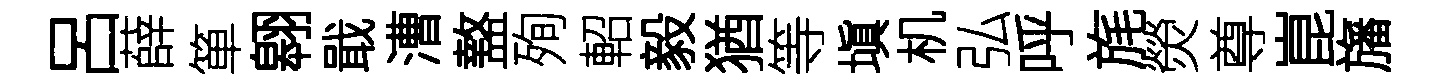
呂薛箪翱戢漕盩殉軺毅猶等塡机弘呼旄熒尊崑旛